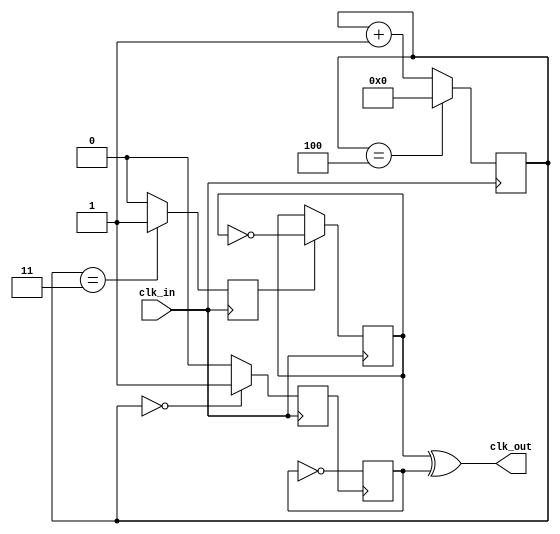
`timescale 1ns / 1ps
module clk_div_odd
#(parameter N=5)
( input   clk_in,output   clk_out);

reg  [3:0] count = 4'b0;
reg     A1 = 0;
reg       B1 = 0;
reg     Tff_A = 0;
reg    Tff_B = 0;
wire    clock_out;
wire    wTff_A;
wire    wTff_B;
assign   wTff_A  = Tff_A; 
assign   wTff_B  = Tff_B; 

assign   clk_out = wTff_B ^ wTff_A; 
always@(posedge clk_in)
 begin
  if(count == N-1) 
   begin         
    count <= 4'b0000;
   end 
  else
   begin
    count <= count + 1;
   end 
 end
always@(posedge clk_in)
 begin
  if(count == 4'b0000)
   A1 <= 1;
  else
   A1 <= 0;
 end
always@(posedge clk_in)
 begin
  if(count == (N+1)/2) 
   B1 <= 1; 
  else
   B1 <= 0;
 end 
always@(negedge A1)  
 begin   
  Tff_A <= ~Tff_A;
 end

always@(negedge clk_in)
 begin
  if(B1)       
   begin 
    Tff_B <= ~Tff_B;
   end
 end
endmodule